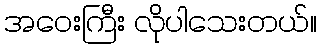
အဝေးကြီး လိုပါသေးတယ်။